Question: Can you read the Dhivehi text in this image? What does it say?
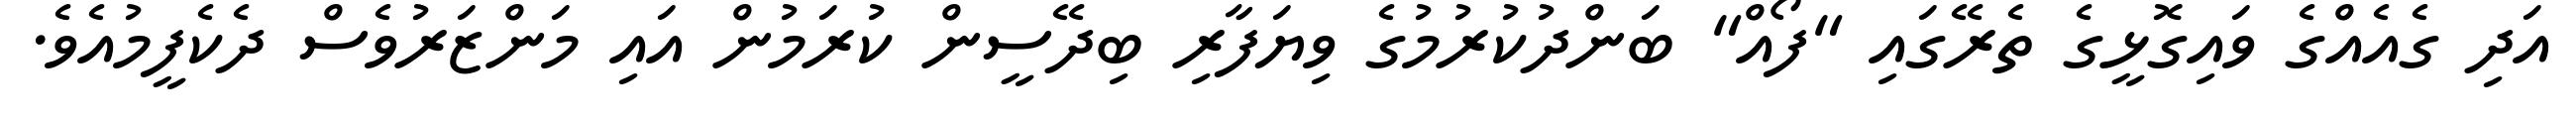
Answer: އަދި ގެއެއްގެ ވައިގޮޅީގެ ތެރޭގައި "ފޯއް" ބަންދުކުރުމުގެ ވިޔަފާރި ބިދޭސީން ކުރަމުން އައި މަންޒަރުވެސް ދެކެފީމުއެވެ.